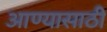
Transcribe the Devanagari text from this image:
आण्यासाठी